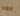
عمرو